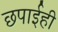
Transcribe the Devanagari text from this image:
छपाईही